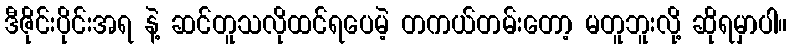
ဒီဇိုင်းပိုင်းအရ နဲ့ ဆင်တူသလိုထင်ရပေမဲ့ တကယ်တမ်းတော့ မတူဘူးလို့ ဆိုရမှာပါ။